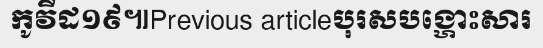
កូវីដ១៩៕Previous articleបុរសបង្ហោះសារ